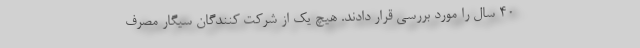
۴۰ سال را مورد بررسی قرار دادند. هیچ یک از شرکت کنندگان سیگار مصرف